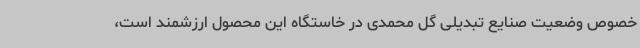
خصوص وضعیت صنایع تبدیلی گل محمدی در خاستگاه این محصول ارزشمند است،